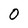
Character: 0